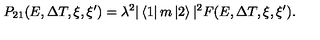
P _ { 2 1 } ( E , \Delta T , \xi , \xi ^ { \prime } ) = \lambda ^ { 2 } | \left< 1 \right| m \left| 2 \right> | ^ { 2 } F ( E , \Delta T , \xi , \xi ^ { \prime } ) .